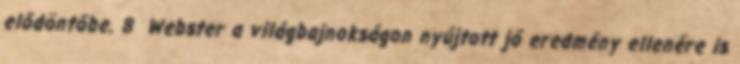
elődöntőbe. 8 Webster a világbajnokságon nyújtott jó eredmény ellenére is